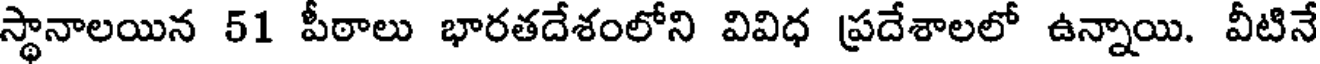
స్థానాలయిన 51 పీఠాలు భారతదేశంలోని వివిధ ప్రదేశాలలో ఉన్నాయి. వీటినే